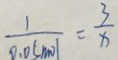
\frac { 1 } { 9 . 0 5 m o l } = \frac { 3 } { x }